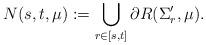
LaTeX: \begin{align*}N(s,t,\mu) := \bigcup_{r\in [s,t]}\partial R(\Sigma_r',\mu).\end{align*}